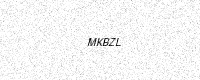
Text: MKBZL